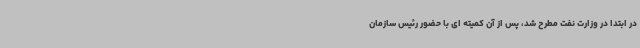
در ابتدا در وزارت نفت مطرح شد، پس از آن کمیته ای با حضور رئیس سازمان